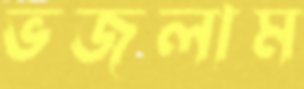
ভজলাম